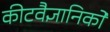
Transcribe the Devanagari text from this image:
कीटवैज्ञानिकों